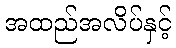
အထည်အလိပ်နှင့်